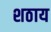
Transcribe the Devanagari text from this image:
शठाय